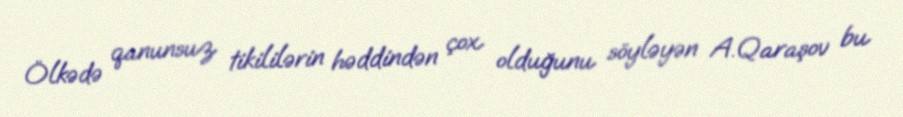
Ölkədə qanunsuz tikililərin həddindən çox olduğunu söyləyən A.Qaraşov bu